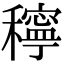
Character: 𥣗